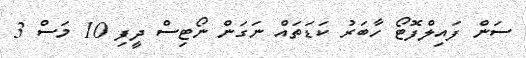
ސަން ފައިލްފޮޓޯ ހާބަރު ކަޑަތައް ނަގަން ނޯޓިސް ދީފި 10 މަސް 3